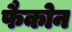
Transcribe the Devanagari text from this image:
फैकोन